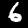
Digit: 6